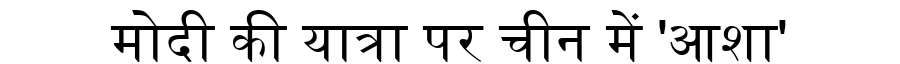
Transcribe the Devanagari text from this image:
मोदी की यात्रा पर चीन में 'आशा'